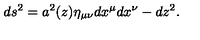
d s ^ { 2 } = a ^ { 2 } ( z ) \eta _ { \mu \nu } d x ^ { \mu } d x ^ { \nu } - d z ^ { 2 } .